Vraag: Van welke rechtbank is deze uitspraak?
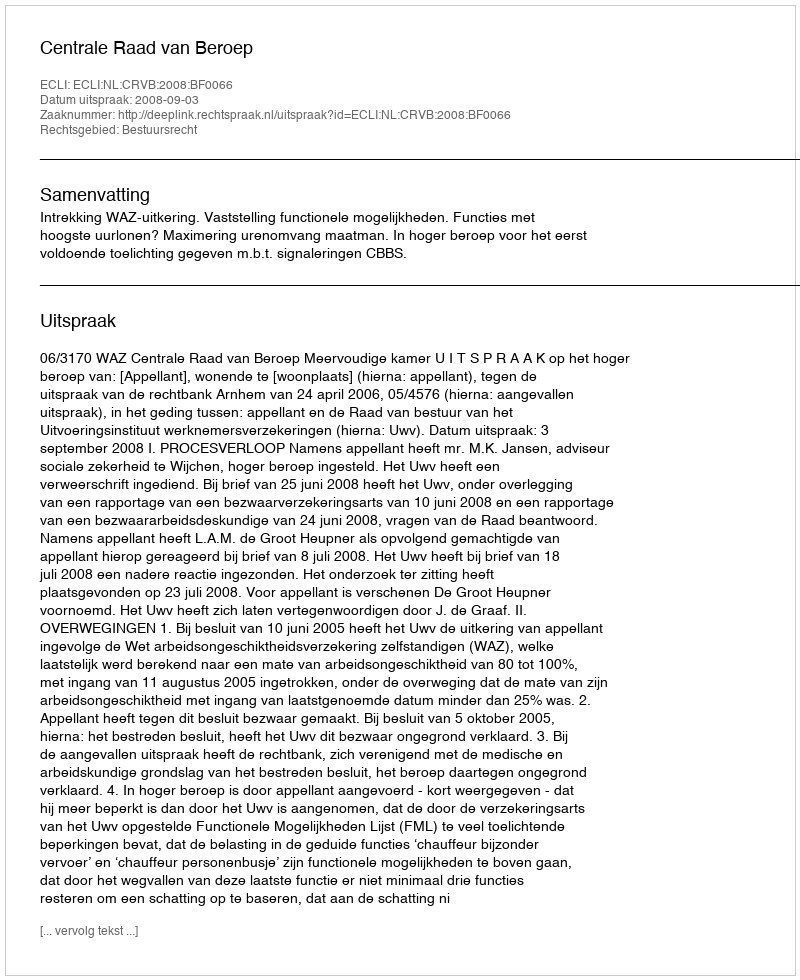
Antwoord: Centrale Raad van Beroep